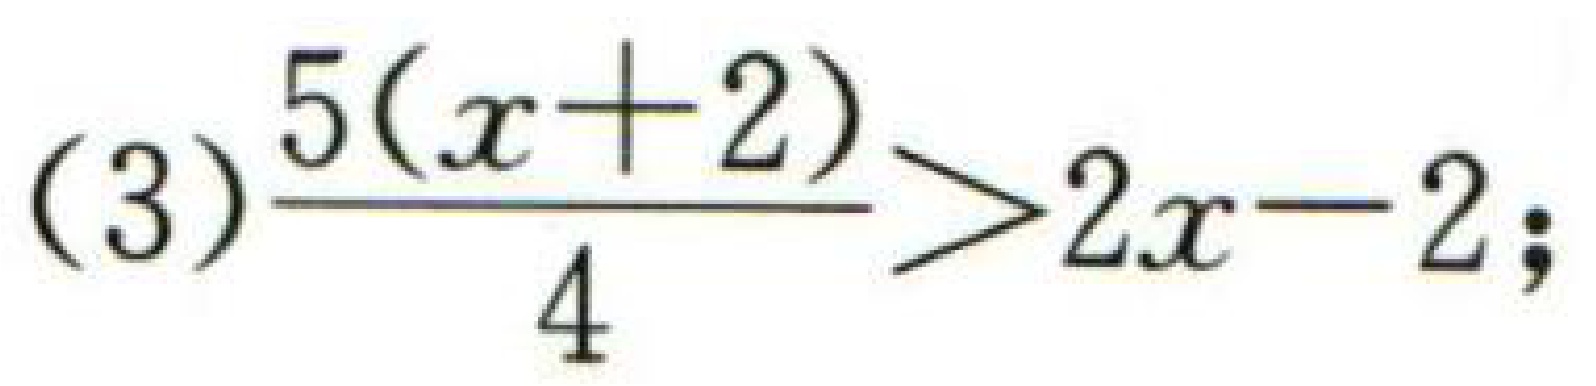
(3) $\dfrac{5(x + 2)}{4}>2x - 2$;